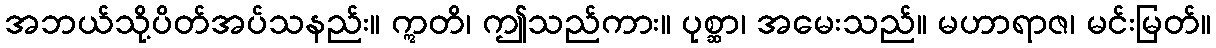
အဘယ်သို့ပိတ်အပ်သနည်း။ ဣတိ၊ ဤသည်ကား။ ပုစ္ဆာ၊ အမေးသည်။ မဟာရာဇ၊ မင်းမြတ်။